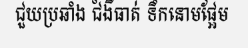
ជួយប្រឆាំង ជំងឺធាត់ ទឹកនោមផ្អែម